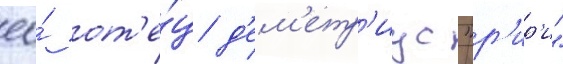
ео́ от'е́ц д'ем'етр'иус "р'ир'и"